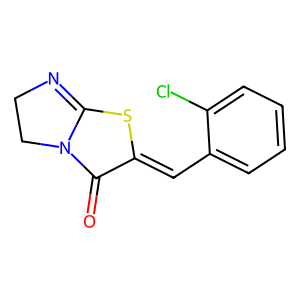
SMILES: O=c1c(=Cc2ccccc2Cl)sc2n1CCN=2
Inhibits HIV replication: No